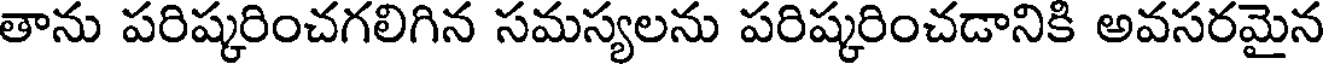
తాను పరిష్కరించగలిగిన సమస్యలను పరిష్కరించడానికి అవసరమైన